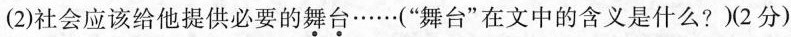
(2)社会应该给他提供必要的舞台……（“舞台”在文中的含义是什么?）（2分）